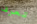
تعرف